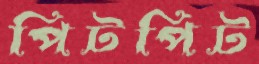
পিটপিট